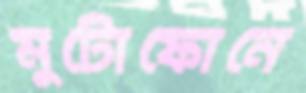
মুটোফোনে